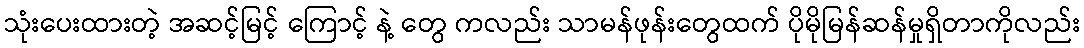
သုံးပေးထားတဲ့ အဆင့်မြင့် ကြောင့် နဲ့ တွေ ကလည်း သာမန်ဖုန်းတွေထက် ပိုမိုမြန်ဆန်မှုရှိတာကိုလည်း